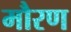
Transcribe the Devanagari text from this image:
मौरण